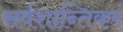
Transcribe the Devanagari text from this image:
सर्वशान्तिकरं